Report of the Indian Hemp Drugs Commission, 1894-1895 - Volume V
Year: 1894
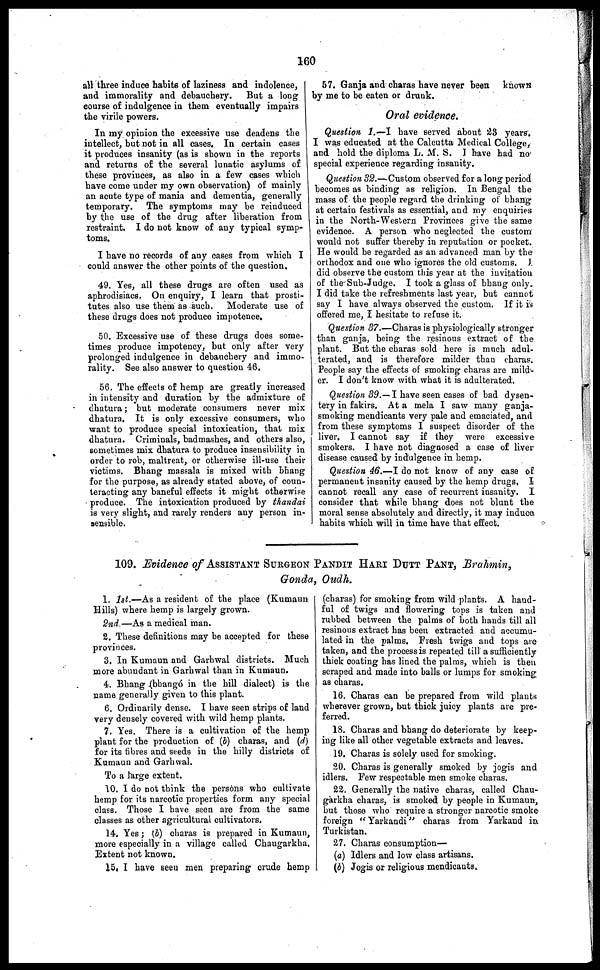
160
all three induce habits of laziness and indolence,
and immorality and debauchery.
But a long
course of indulgence in them eventually impairs
the virile powers.
In my opinion the excessive use deadens the
intellect, but not in all cases. In certain cases
it produces insanity (as is shown in the reports
and returns of the several lunatic asylums of
these provinces, as also in a few cases which
have come under my own observation) of mainly
an acute type of mania and dementia, generally
temporary. The symptoms may be reinduced
by the use of the drug after liberation from
restraint. I do not know of any typical symp-
toms.
I have no records of any cases from which I
could answer the other points of the question.
49. Yes, all these drugs are often used as
aphrodisiacs. On enquiry, I learn that prosti-
tutes also use them as such. Moderate use of
these drugs does not produce impotence.
50. Excessive use of these drugs does some-
times produce impotency, but only after very
prolonged indulgence in debauchery and immo-
rality. See also answer to question 46.
56. The effects of hemp are greatly increased
in intensity and duration by the admixture of
dhatura; but moderate consumers never mix
dhatura, It is only excessive consumers, who
want to produce special intoxication, that mix
dhatura. Criminals, badmashes, and others also,
sometimes mix dhatura to produce insensibility in
order to rob, maltreat, or otherwise ill-use their
victims. Bhang massala is mixed with bhang
for the purpose, as already stated above, of coun-
teracting any baneful effects it might otherwise
produce. The intoxication produced by thandai
is very slight, and rarely renders any person in-
sensible.
57. Ganja and charas have never been
known
by me to be eaten or drunk.
Oral evidence.
Question 1.—I have served about 23 years.
I was educated at the Calcutta Medical College,
and hold the diploma L. M. S. I have had no
special experience regarding insanity.
Question 32.—Custom observed for a long period
becomes as binding as religion. In Bengal the
mass of the people regard the drinking of bhang
at certain festivals as essential, and my enquiries
in the North-Western Provinces give the same
evidence. A person who neglected the custom
would not suffer thereby in reputation or pocket.
He would be regarded as an advanced man by the
orthodox and one who ignores the old customs. J.
did observe the custom this year at the invitation
of the Sub-Judge. I took a glass of bhang only.
I did take the refreshments last year, but cannot
say I have always observed the custom. If it is
offered me, I hesitate to refuse it.
Question 37.—Charas is physiologically stronger
than ganja, being the resinous extract of the
plant. But the charas sold here is much adul-
terated, and is therefore milder than charas.
People say the effects of smoking charas are mild-
er. I don't know with what it is adulterated.
Question 39.—I have seen cases of bad dysen-
tery in fakirs. At a mela I saw many ganja-
smoking mendicants very pale and emaciated, and
from these symptoms I suspect disorder of. the
liver. I cannot say if they were excessive
smokers. I have not diagnosed a case of liver
disease caused by indulgence in hemp.
Question 46.—I do not know of any case of
permanent insanity caused by the hemp drugs, I
cannot recall any case of recurrent insanity. I
consider that while bhang does not blunt the
moral sense absolutely and directly, it may indue
habits which will in time have that effect.
109. Evidence of ASSISTANT SURGEON PANDIT HARI DUTT PANT, Brahmin,
Gonda, Oudh.
1. 1st.—As a resident of the place (Kumaun
Hills) where hemp is largely grown.
2nd —As a medical man.
2. These definitions may be accepted for these
provinces.
3. In Kumaun and Garhwal districts. Much
more abundant in Garhwal than in Kumaun.
4. Bhang (bhangó in the hill dialect) is the
name generally given to this plant.
6. Ordinarily dense. I have seen strips of land
very densely covered with wild hemp plants.
7. Yes. There is a cultivation of the hemp
plant for the production of (b) charas, and (d)
for its fibres and seeds in the hilly districts of
Kumaun and Garhwal.
To a large extent.
10. I do not think the persons who cultivate
hemp for its narcotic properties form any special
class. Those I have seen are from the same
classes as other agricultural cultivators.
14. Yes; (b) charas is prepared in Kumaun,
more especially in a village called Chaugarkha.
Extent not known.
15. I have seen men preparing crude hemp
(charas) for smoking from wild plants. A hand-
ful of twigs and flowering tops is taken and
rubbed between the palms of both hands till all
resinous extract has been extracted and accumu-
lated in the palms. Fresh twigs and tops are
taken, and the process is repeated till a sufficiently
thick coating has lined the palms, which is then
scraped and made into balls or lumps for smoking
as charas.
16. Charas can be prepared from wild plants
wherever grown, but thick juicy plants are pre-
ferred.
18. Charas and bhang do deteriorate by keep-
ing like all other vegetable extracts and leaves.
19. Charas is solely used for smoking.
20. Charas is generally smoked by jogis and
idlers. Few respectable men smoke charas.
22. Generally the native charas, called Chau-
garkha charas, is smoked by people in Kumaun,
but those who require a stronger narcotic smoke
foreign "Yarkandi" charas from Yarkand in
Turkistan.
27. Charas consumption—
(a) Idlers and low class artisans.
(b) Jogis or religious mendicants.